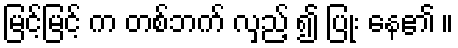
မြင့်မြင့် က တစ်ဘက် လှည့် ၍ ပြုံး နေ၏ ။